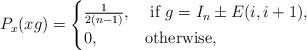
LaTeX: \begin{align*}P_x(xg)= \begin{cases} \frac{1}{2(n-1)}, & \mbox{ if } g= I_n \pm E(i,i+1) , \\ 0, & \mbox{otherwise,}\end{cases}\end{align*}